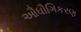
ઔધૌગિકરણ